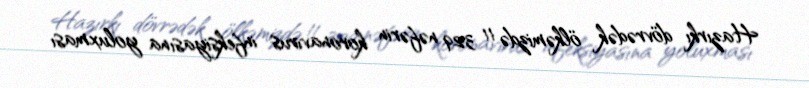
Hazırkı dövrədək ölkəmizdə 11 329 nəfərin koronavirus infeksiyasına yoluxması